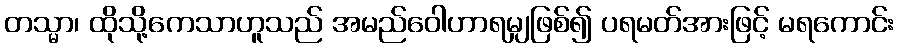
တသ္မာ၊ ထိုသို့ကေသာဟူသည် အမည်ဝေါဟာရမျှဖြစ်၍ ပရမတ်အားဖြင့် မရကောင်း